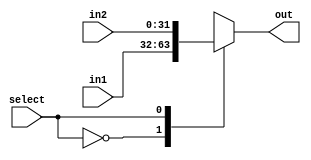
// mux_2x1.v

module mux_2x1
#(parameter DATA_WIDTH = 32)(
  input select,
  input [DATA_WIDTH-1:0] in1,
  input [DATA_WIDTH-1:0] in2,
  
  output reg [DATA_WIDTH-1:0] out
);

// combinational logic
always @ (*) begin
  case(select)
    1'b0: out = in1;
    1'b1: out = in2;
    default: out = {DATA_WIDTH{1'b0}}; // should never fall here
  endcase
end

endmodule